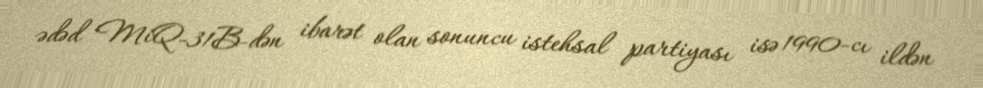
ədəd MiQ-31B-dən ibarət olan sonuncu istehsal partiyası isə 1990-cı ildən